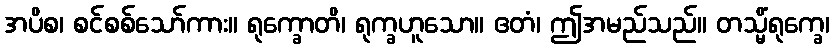
အပိစ၊ စင်စစ်သော်ကား။ ရုက္ခောတိ၊ ရုက္ခဟူသော။ ဧတံ၊ ဤအမည်သည်။ တသ္မိံရုက္ခေ၊